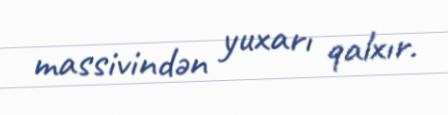
massivindən yuxarı qalxır.